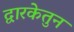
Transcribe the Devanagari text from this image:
द्वारकेतुन